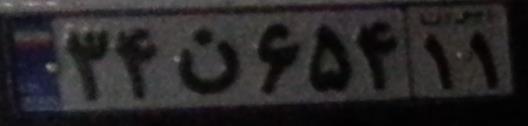
۳۴ن۶۵۴۱۱